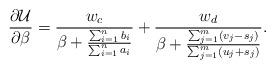
LaTeX: \begin{align*}\frac{\partial \mathcal U}{\partial \beta}=\frac{w_c}{\beta + \frac{\sum_{i=1}^{n}b_i}{\sum_{i=1}^{n}a_i}}+\frac{w_d}{\beta+\frac{\sum_{j=1}^{m}(v_j-s_j)}{\sum_{j=1}^{m}(u_j+s_j)}}.\end{align*}